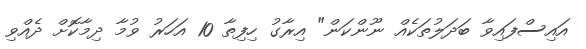
އައިސްފައިވާ ބަދަލުތަކެއް ނޫންކަން" އިރާގު ހިފިތާ 10 އަހަރު ވުމާ ދިމާކޮށް ދެއްވި